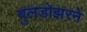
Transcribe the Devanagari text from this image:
बुलडोझरने